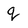
Character: q